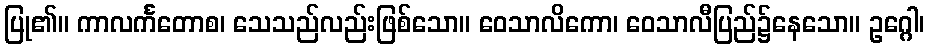
ပြု၏။ ကာလင်္ကတောစ၊ သေသည်လည်းဖြစ်သော။ ဝေသာလိကော၊ ဝေသာလီပြည်၌နေသော။ ဥဂ္ဂေါ၊